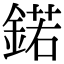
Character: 鍩